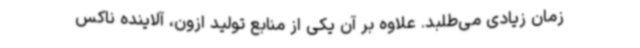
زمان زیادی می‌طلبد. علاوه بر آن یکی از منابع تولید ازون، آلاینده ناکس